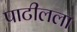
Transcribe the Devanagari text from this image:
पाटीलला